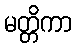
မတ္တိကာ